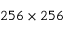
2 5 6 \times 2 5 6